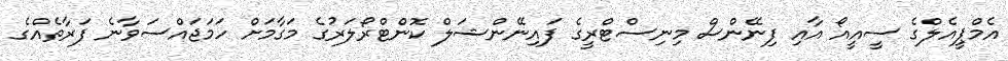
އެމްޕީއެލްގެ ސީއީއޯ އާއި ފިނޭންސް މިނިސްޓްރީގެ ފައިނޭންޝަލް ކޮންޓްރޯލަރުގެ މަގާމަށް ހަމަޖައްސަވާނެ ފަރާތެއްގެ